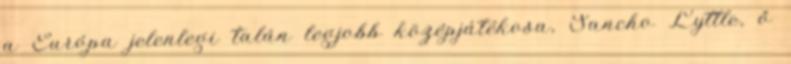
a Európa jelenlegi talán legjobb középjátékosa, Sancho Lyttle, ő